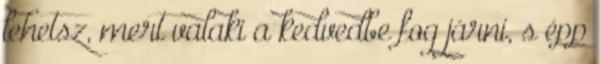
lehetsz, mert valaki a kedvedbe fog járni, s épp